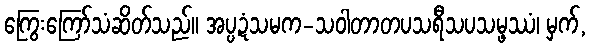
ကြွေးကြော်သံဆိတ်သည်။ အပ္ပဍံသမက-သဝါတာတပသရီသပသမ္ဖဿံ၊ မှက်,